65_HS1-834228961_62-HQ-83894_Serial_130
Agency: FBI
Page 79
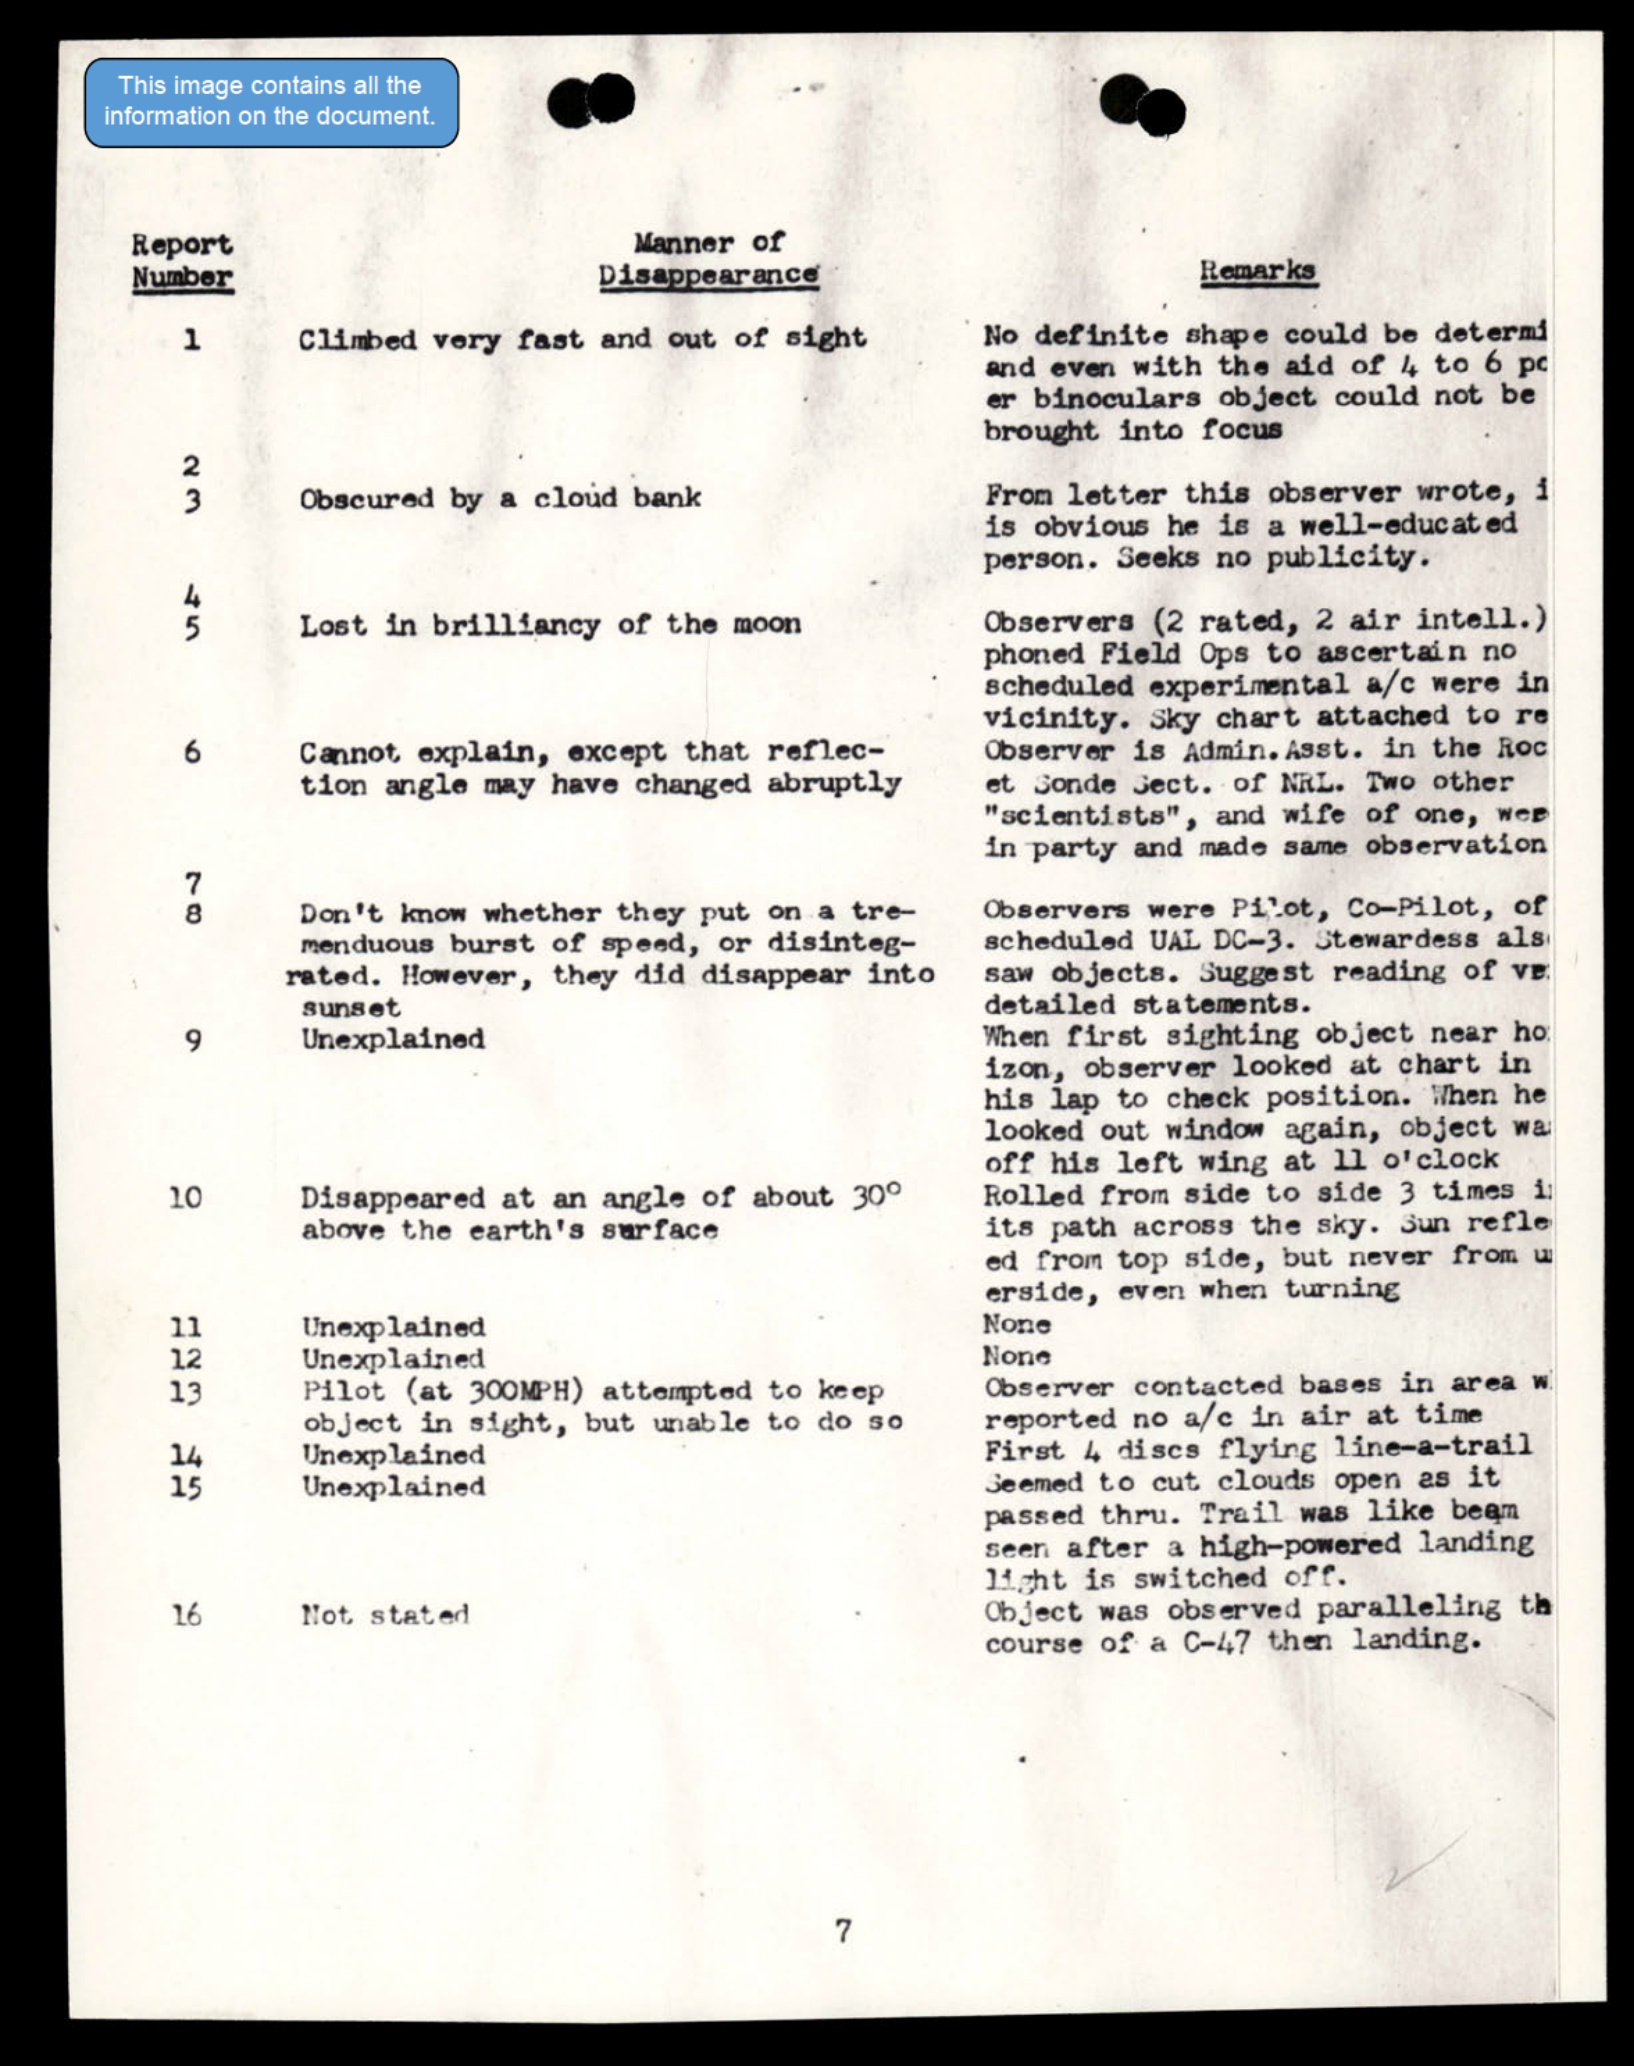